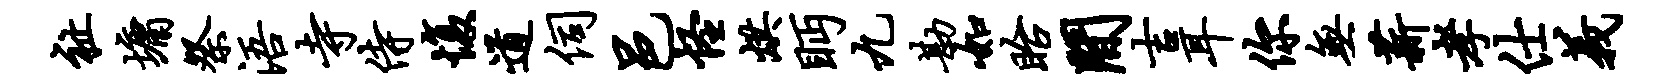
祉墉祭浯寺侍愎道伺邑怪烘眄九勘如眙间吉耳你无薪孝仕义